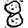
Digit: 8